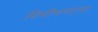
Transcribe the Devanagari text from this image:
बिभीषणाला